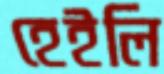
হেইলি